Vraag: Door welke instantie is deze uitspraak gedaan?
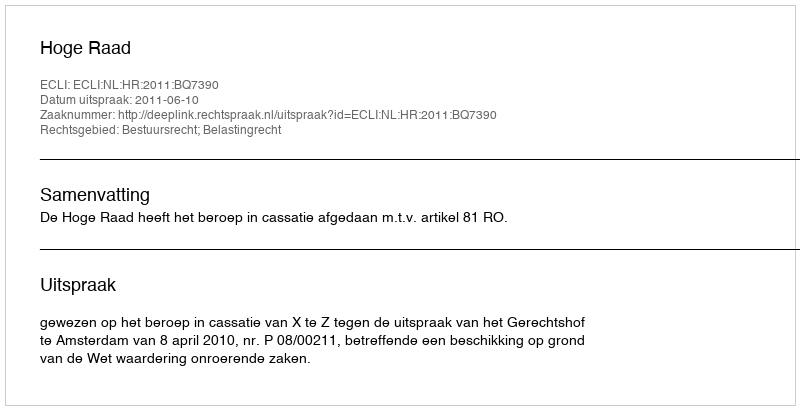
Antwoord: Hoge Raad